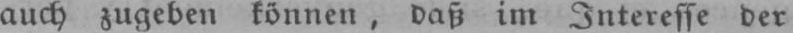
auch zugeben können, daß im Interesse der